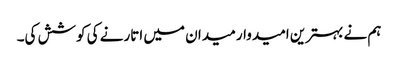
ہم نے بہترین امیدوار میدان میں اتارنے کی کوشش کی۔